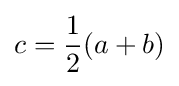
c={\frac {1}{2}}(a+b)